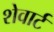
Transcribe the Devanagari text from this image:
शेवार्ट